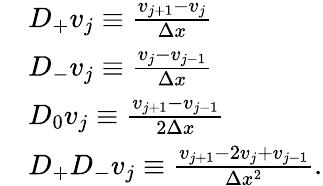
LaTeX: \begin{array}{rl}&{D_{+}v_{j}\equiv\frac{v_{j+1}-v_{j}}{\Delta x}}\\ &{D_{-}v_{j}\equiv\frac{v_{j}-v_{j-1}}{\Delta x}}\\ &{D_{0}v_{j}\equiv\frac{v_{j+1}-v_{j-1}}{2\Delta x}}\\ &{D_{+}D_{-}v_{j}\equiv\frac{v_{j+1}-2v_{j}+v_{j-1}}{\Delta x^{2}}.}\end{array}